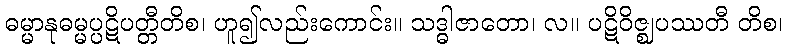
ဓမ္မာနုဓမ္မပ္ပဋိပတ္တီတိစ၊ ဟူ၍လည်းကောင်း။ သဒ္ဓါဇာတော၊ လ။ ပဋိဝိဇ္ဈပဿတီ တိစ၊